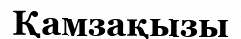
Қамзақызы